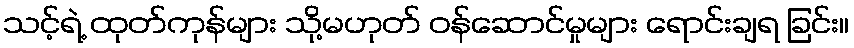
သင့်ရဲ့ ထုတ်ကုန်များ သို့မဟုတ် ဝန်ဆောင်မှုများ ရောင်းချရ ခြင်း။